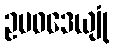
ဥပဝဒေယျုံ